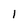
Character: l